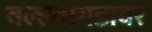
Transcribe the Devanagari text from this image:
वल्लभगडावर